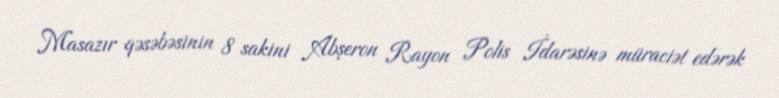
Masazır qəsəbəsinin 8 sakini Abşeron Rayon Polis İdarəsinə müraciət edərək